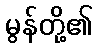
မွန်တို့၏